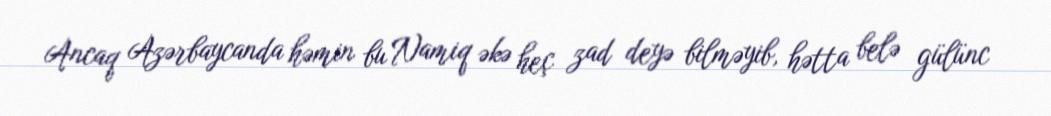
Ancaq Azərbaycanda həmin bu Namiq əkə heç zad deyə bilməyib, hətta belə gülünc